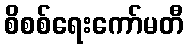
စိစစ်ရေးကော်မတီ